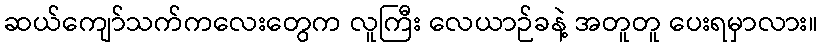
ဆယ်ကျော်သက်ကလေးတွေက လူကြီး လေယာဉ်ခနဲ့ အတူတူ ပေးရမှာလား။